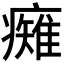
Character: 𭼯